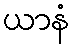
ယာနံ